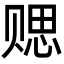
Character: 䞏